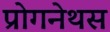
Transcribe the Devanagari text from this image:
प्रोगनेथस